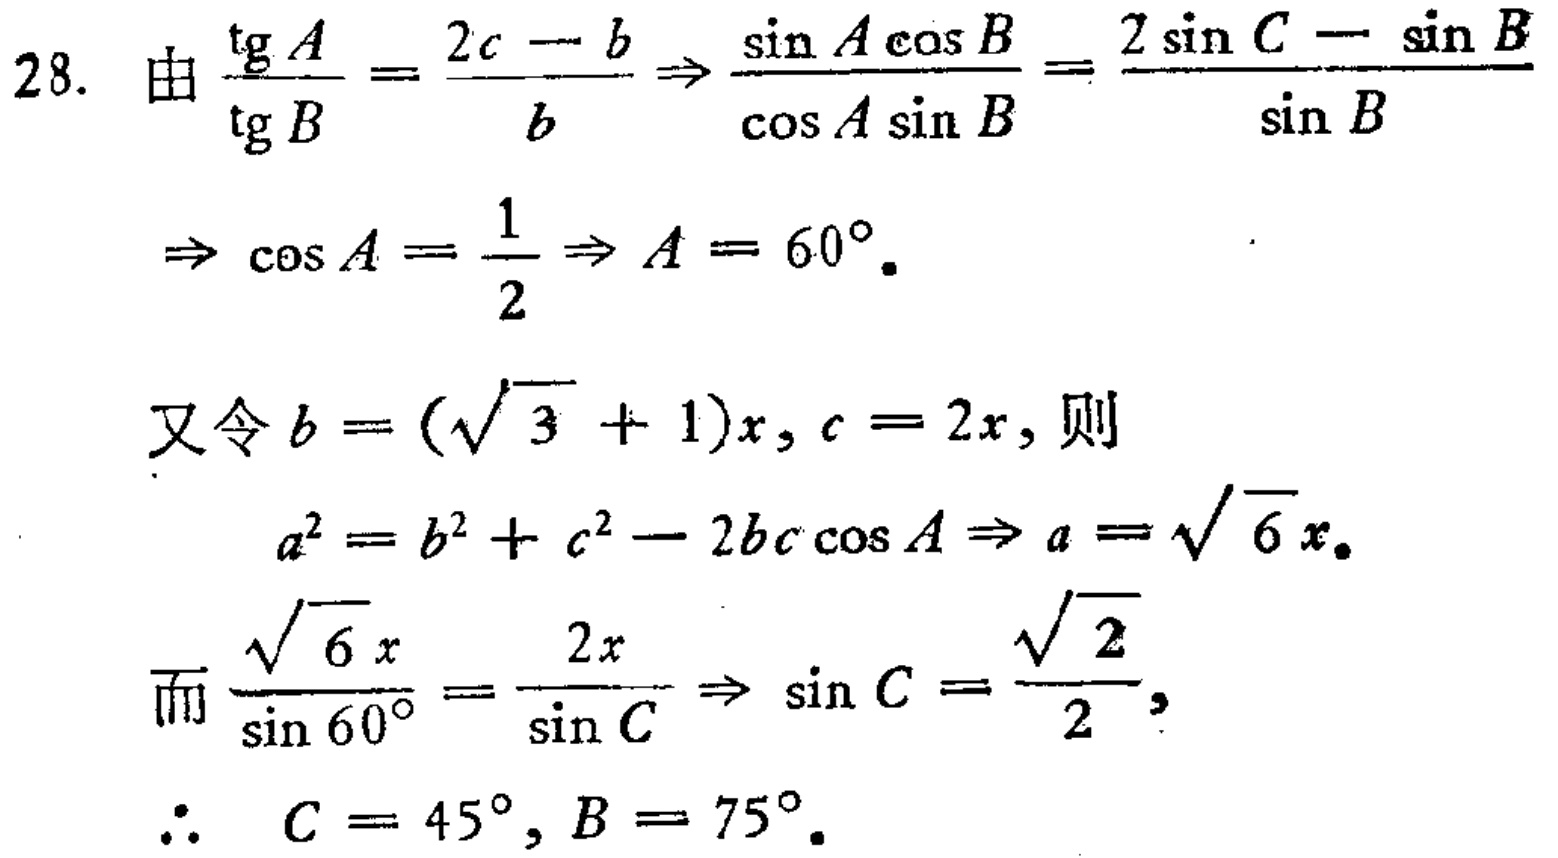
28. 由$\frac{\text{tg}A}{\text{tg}B}=\frac{2c - b}{b}\Rightarrow\frac{\sin A\cos B}{\cos A\sin B}=\frac{2\sin C - \sin B}{\sin B}$
$\Rightarrow\cos A=\frac{1}{2}\Rightarrow A = 60^{\circ}.$

又令$b = (\sqrt{3}+1)x, c = 2x$, 则
$a^{2}=b^{2}+c^{2}-2bc\cos A\Rightarrow a=\sqrt{6}x.$

而$\frac{\sqrt{6}x}{\sin 60^{\circ}}=\frac{2x}{\sin C}\Rightarrow\sin C=\frac{\sqrt{2}}{2},$
$\therefore C = 45^{\circ}, B = 75^{\circ}.$